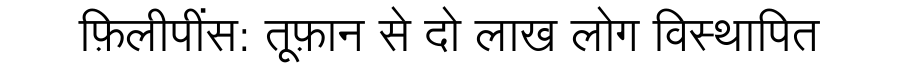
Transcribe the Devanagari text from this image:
फ़िलीपींस: तूफ़ान से दो लाख लोग विस्थापित